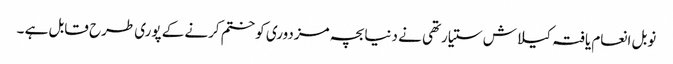
نوبل انعام یافتہ کیلاش ستیارتھی نے دنیا بچہ مزدوری کو ختم کرنے کے پوری طرح قابل ہے ۔